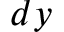
d y